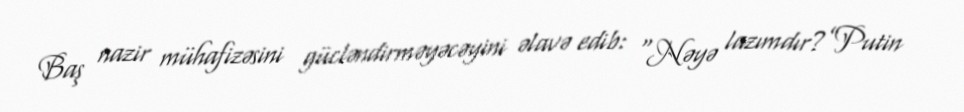
Baş nazir mühafizəsini gücləndirməyəcəyini əlavə edib: “Nəyə lazımdır?”Putin